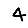
Digit: 4